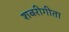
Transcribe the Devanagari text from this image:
शबरीगीता